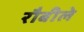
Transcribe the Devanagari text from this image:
रौबीले